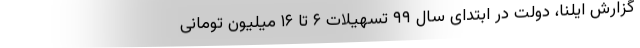
گزارش ایلنا، دولت در ‌ابتدای سال ۹۹ تسهیلات ۶ تا ۱۶ میلیون تومانی